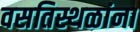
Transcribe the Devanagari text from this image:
वसतिस्थळांना